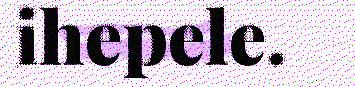
ihepele.